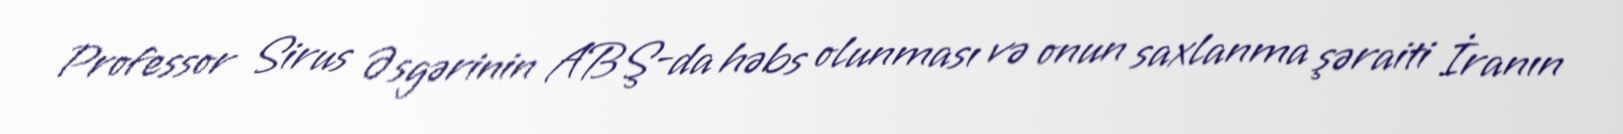
Professor Sirus Əsgərinin ABŞ-da həbs olunması və onun saxlanma şəraiti İranın